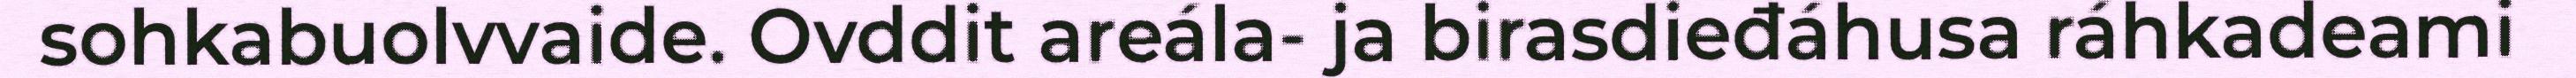
sohkabuolvvaide. Ovddit areála- ja birasdieđáhusa ráhkadeami